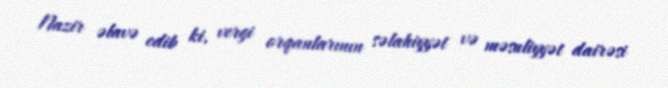
Nazir əlavə edib ki, vergi orqanlarının səlahiyyət və məsuliyyət dairəsi